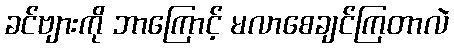
ခင်ဗျားကို ဘာကြောင့် မလာစေချင်ကြတာလဲ